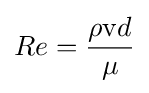
Re={{\rho {\mathrm {v} }d} \over \mu }